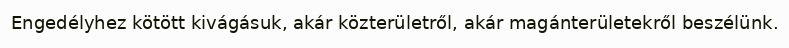
Engedélyhez kötött kivágásuk, akár közterületről, akár magánterületekről beszélünk.